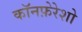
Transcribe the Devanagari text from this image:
कॉनफ़ेरेशो